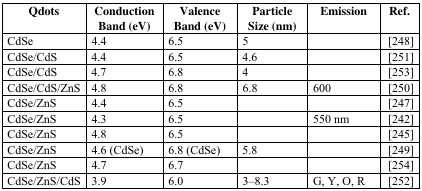
<table><thead><tr><td><b>Qdots</b></td><td><b>Conduction Band (eV)</b></td><td><b>Valence Band (eV)</b></td><td><b>Particle Size (nm)</b></td><td><b>Emission</b></td><td><b>Ref.</b></td></tr></thead><tbody><tr><td>CdSe</td><td>4.4</td><td>6.5</td><td>5</td><td></td><td> [248]</td></tr><tr><td>CdSe/CdS</td><td>4.4</td><td>6.5</td><td>4.6</td><td></td><td> [251]</td></tr><tr><td>CdSe/CdS</td><td>4.7</td><td>6.8</td><td>4</td><td></td><td> [253]</td></tr><tr><td>CdSe/CdS/ZnS</td><td>4.8</td><td>6.8</td><td>6.8</td><td>600</td><td> [250]</td></tr><tr><td>CdSe/ZnS</td><td>4.4</td><td>6.5</td><td></td><td></td><td> [247]</td></tr><tr><td>CdSe/ZnS</td><td>4.3</td><td>6.5</td><td></td><td>550 nm</td><td> [242]</td></tr><tr><td>CdSe/ZnS</td><td>4.8</td><td>6.5</td><td></td><td></td><td> [245]</td></tr><tr><td>CdSe/ZnS</td><td>4.6 (CdSe)</td><td>6.8 (CdSe)</td><td>5.8</td><td></td><td> [249]</td></tr><tr><td>CdSe/ZnS</td><td>4.7</td><td>6.7</td><td></td><td></td><td> [254]</td></tr><tr><td>CdSe/ZnS/CdS</td><td>3.9</td><td>6.0</td><td>3–8.3</td><td>G, Y, O, R</td><td> [252]</td></tr></tbody></table>